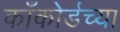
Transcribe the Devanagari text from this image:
काँकोर्डच्या